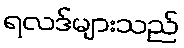
ရလဒ်များသည်